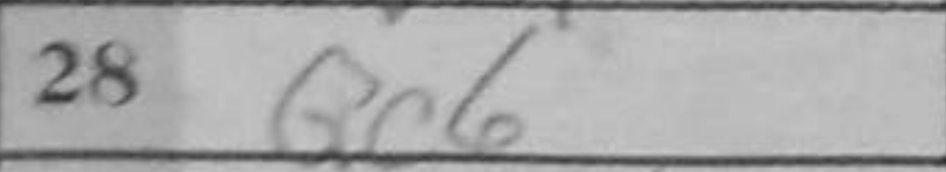
Transcription: Qc6